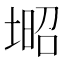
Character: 𡎣